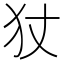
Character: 𭷹